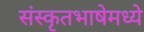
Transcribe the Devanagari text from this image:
संस्कृतभाषेमध्ये